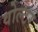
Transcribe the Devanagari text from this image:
वोल्टर